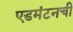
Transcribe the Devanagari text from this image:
एडमंटनची